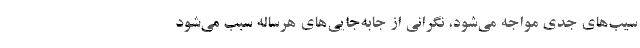
سیب‌های جدی مواجه می‌شود، نگرانی از جابه‌جایی‌های هرساله سبب می‌شود